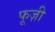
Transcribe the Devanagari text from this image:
फूज़ी